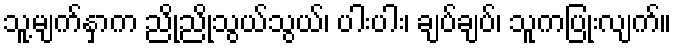
သူ့မျက်နှာက ညိုညိုသွယ်သွယ်၊ ပါးပါး၊ ချပ်ချပ်၊ သူကပြုံးလျက်။